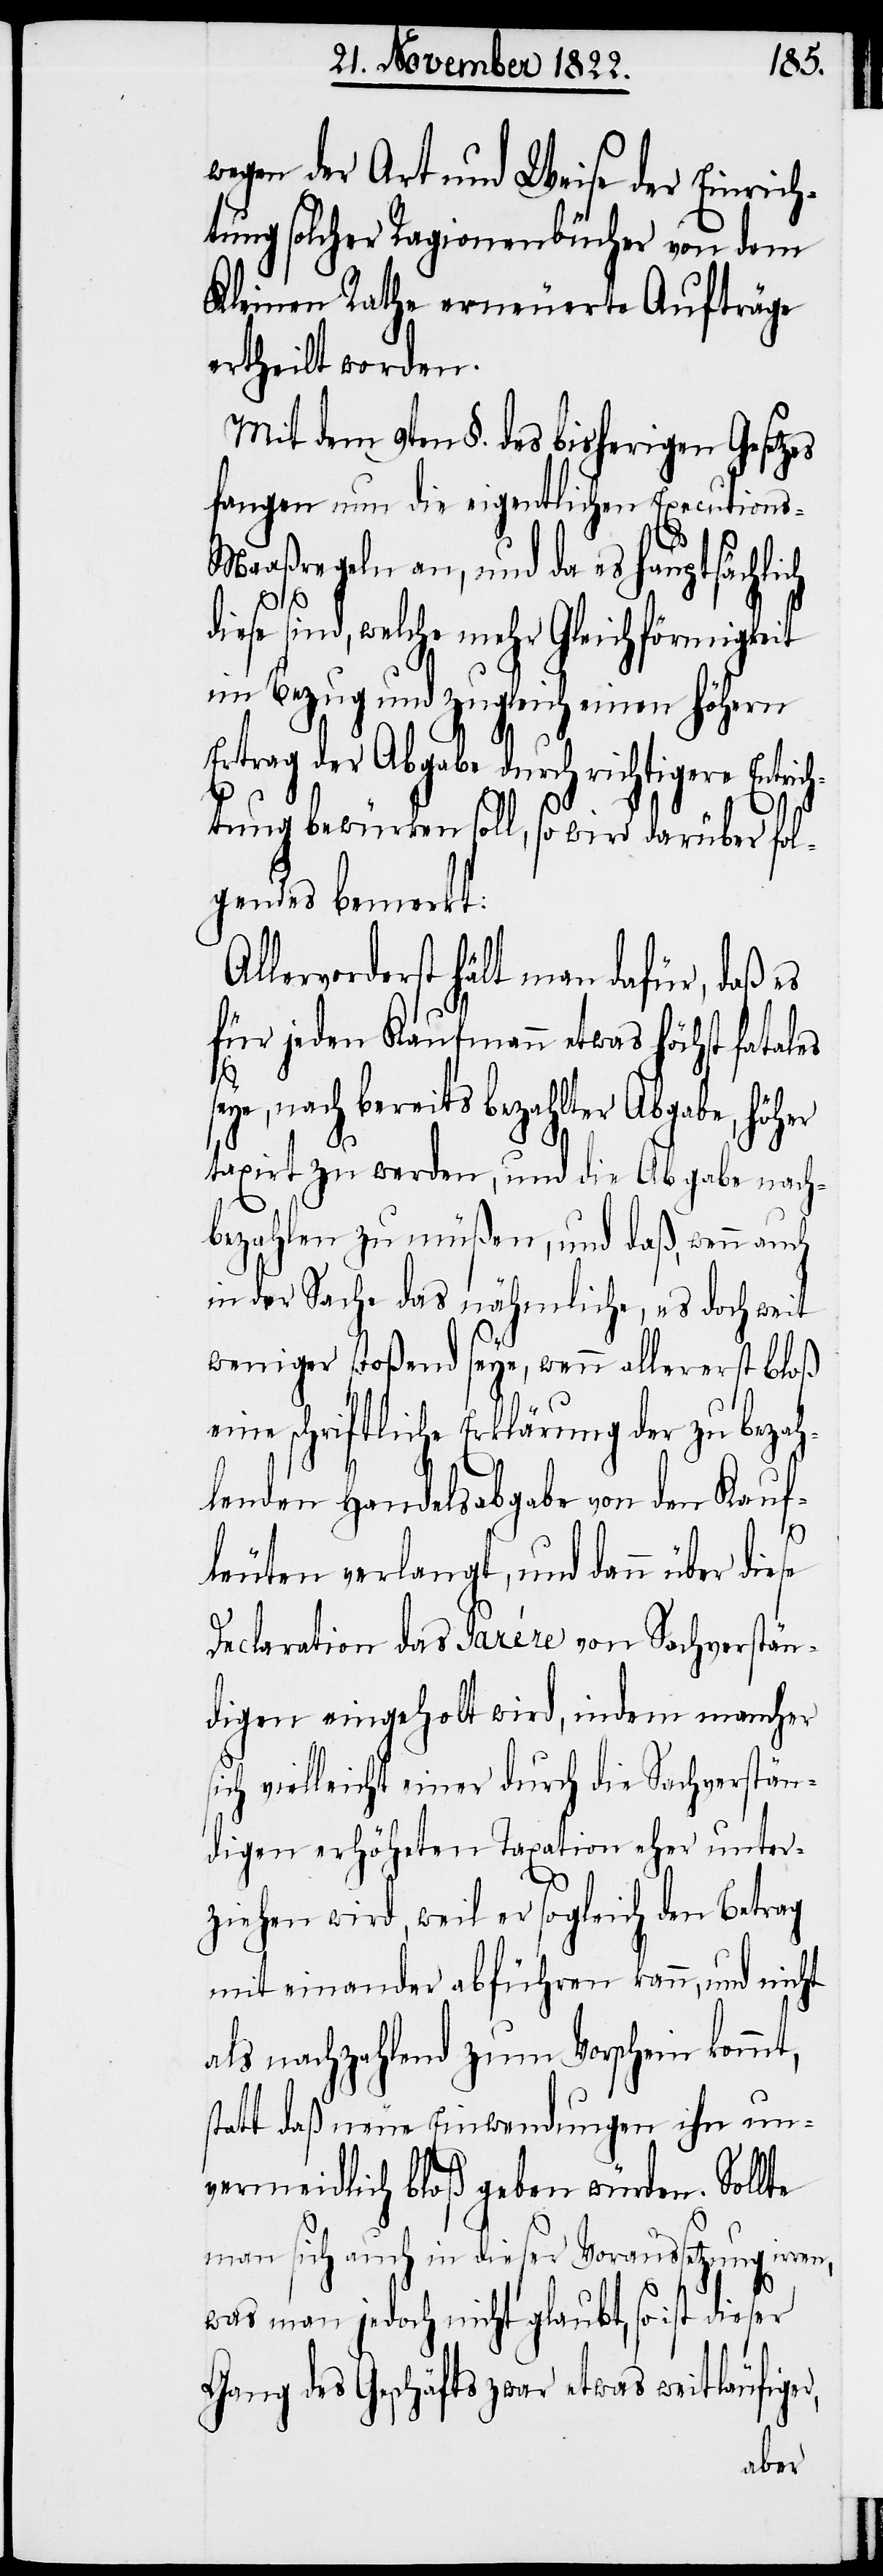
wegen der Art und Weise der Einrich¬
tung solcher Ragionenbücher von dem
Kleinen Rathe erneuerte Aufträge
ertheilt worden.
Mit dem 9ten §. des bisherigen Gesetzes
fangen nun die eigentlichen Execution¬
s-Maaßregeln an, und da es hauptsächlich
diese sind, welche mehr Gleichförmigkeit
im Bezug und zugleich einen höhern
Ertrag der Abgabe durch richtigere Entrich¬
s¬
tung bewürken soll, so wird darüber fol¬
gendes bemerkt:
Allervorderst hält man dafür, daß es
für jeden Kaufmann etwas höchst fatales
s¬
eye, nach bereits bezalter Abgabe, höher
taxirt zu werden, und die Abgabe nach¬
bezahlen zu müßen, und daß, wenn auch
in der Sache das nähmliche, es doch weit
weniger stoßend seye, wenn allererst bloß
eine schriftliche Erklärung der zu bezah¬
lenden Handelsabgabe von den Kauf¬
leuten verlangt, und dann über
Declaration das Parére von Sachverstän¬
digen eingeholt wird, indem mancher
ich vielleicht einer durch die Sachverstän¬
digen erhöheten Taxation eher unter¬
ziehen wird, weil er sogleich den Betrag
mit einander abführen kann, und nicht
als nachzahlend zum Vorschein kommt,
statt daß neue Einwendungen ihn un¬
vermeidlich bloß geben würden. Sollte
man sich auch in dieser Voraussetzung irren,
was man jedoch nicht glaubt, so ist
Gang des Geschäfts zwar etwas weitläufiger,